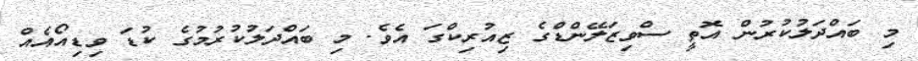
މި ބައްދަލުކުރުން އޮތީ ސްވިޒަލޭންޑްގެ ޒިއުރިކްގަ އެވެ. މި ބައްދަލުކުރުމުގެ ކުޑަ ވިޑިއޯއެެއް